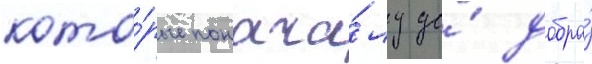
кото́рые понача́лу до́ добра́